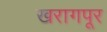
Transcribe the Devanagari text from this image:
खरागपूर